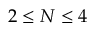
2 \leq N \leq 4